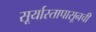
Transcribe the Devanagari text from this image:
सूर्यास्तापासूनची